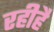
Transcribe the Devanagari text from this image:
रहीहै